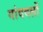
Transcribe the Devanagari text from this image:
गांववलों